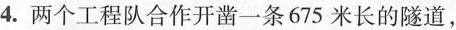
4. 两个工程队合作开凿一条675米长的隧道，